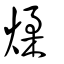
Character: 煣